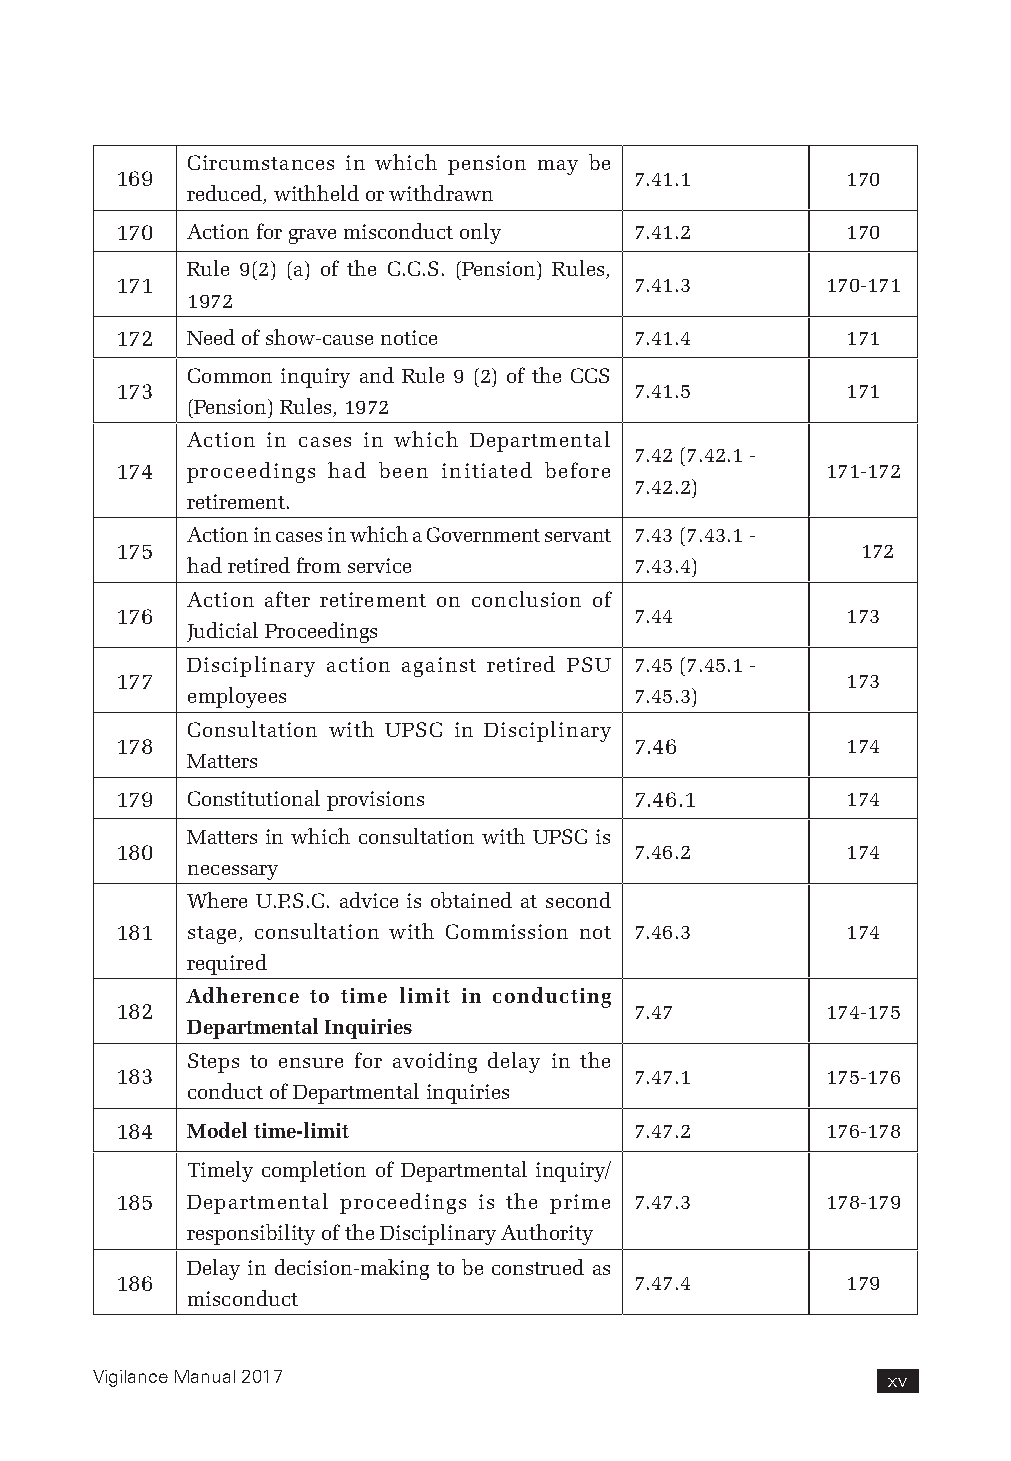
Circumstances in which pension may be
 169                               7.41.1        170
 reduced, withheld or withdrawn
 170 Action for grave misconduct only 7.41.2     170
 Rule 9(2) (a) of the C.C.S. (Pension) Rules,
 171                               7.41.3       170-171
 1972
 172 Need of show-cause notice     7.41.4        171
 Common inquiry and Rule 9 (2) of the CCS
 173                               7.41.5        171
 (Pension) Rules, 1972
 Action in cases in which Departmental
 7.42 (7.42.1 -
 174 proceedings had been initiated before      171-172
 7.42.2)
 retirement.
 Action in cases in which a Government servant 7.43 (7.43.1 -
 175                                              172
 had retired from service      7.43.4)
 Action after retirement on conclusion of
 176                               7.44          173
 Judicial Proceedings
 Disciplinary action against retired PSU 7.45 (7.45.1 -
 177                                             173
 employees                     7.45.3)
 Consultation with UPSC in Disciplinary
 178                               7.46          174
 Matters
 179 Constitutional provisions     7.46.1        174
 Matters in which consultation with UPSC is
 180                               7.46.2        174
 necessary
 Where U.P.S.C. advice is obtained at second
 181 stage, consultation with Commission not 7.46.3 174
 required
 Adherence to time limit in conducting
 182                               7.47         174-175
 Departmental Inquiries
 Steps to ensure for avoiding delay in the
 183                               7.47.1       175-176
 conduct of Departmental inquiries
 184 Model time-limit              7.47.2       176-178
 Timely completion of Departmental inquiry/
 185 Departmental proceedings is the prime 7.47.3 178-179
 responsibility of the Disciplinary Authority
 Delay in decision-making to be construed as
 186                               7.47.4        179
 misconduct
 Vigilance Manual 2017                                xv